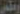
وطى